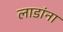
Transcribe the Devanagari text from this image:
लाडांना